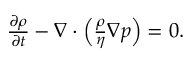
\begin{array} { r } { \frac { \partial \rho } { \partial t } - \nabla \cdot \left( \frac { \rho } { \eta } \nabla p \right) = 0 . } \end{array}